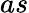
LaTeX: as